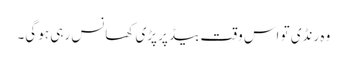
وہ رنڈی تو اس وقت بیڈ پر پڑی کھانس رہی ہو گی۔